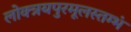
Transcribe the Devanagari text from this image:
लोक्त्रयपुरमूलस्तम्भं